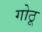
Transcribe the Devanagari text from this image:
गोठू